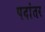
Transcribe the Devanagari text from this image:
पदांतर